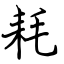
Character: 耗